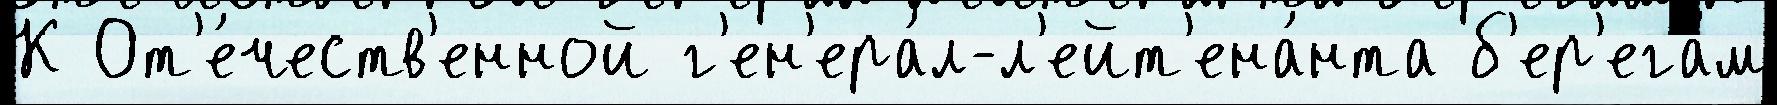
К От'е́честв'енной г'ен'ера́л-л'ейт'ена́нта б'ер'ега́м